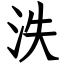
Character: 泆